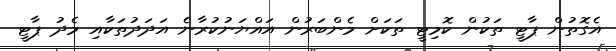
އެގޮތުން ޕާޓީ ތަކުން ކޮމިޓީ ތަކަށް މެންބަރުން އައްޔަނުކުރާނެ އަދަދުތަކާއި މެދު ޕާޓީ